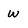
Character: W